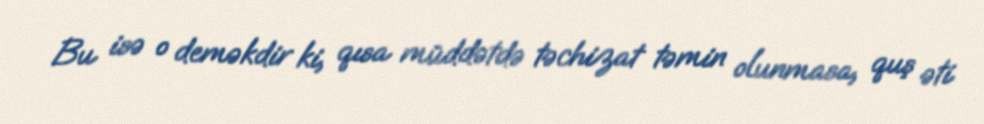
Bu isə o deməkdir ki, qısa müddətdə təchizat təmin olunmasa, quş əti